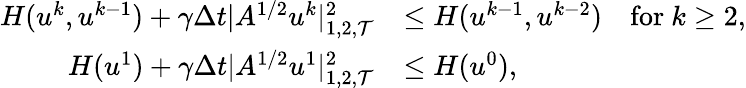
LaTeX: \begin{array}{rl}{H(u^{k},u^{k-1})+\gamma\Delta t|A^{1/2}u^{k}|_{1,2,{\mathcal T}}^{2}}&{\le H(u^{k-1},u^{k-2})\quad\mathrm{for~}k\ge 2,}\\ {H(u^{1})+\gamma\Delta t|A^{1/2}u^{1}|_{1,2,{\mathcal T}}^{2}}&{\le H(u^{0}),}\end{array}